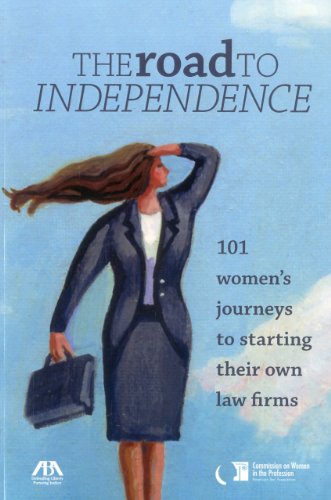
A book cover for The Road to Independence: 101 Women's Journeys to Starting Their Own Law Firms; ABA Commission on Women in the Profession; Law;